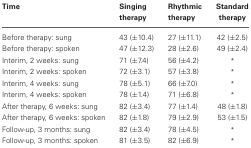
<table><thead><tr><td><b>Time</b></td><td><b>Singing</b></td><td><b>Rhythmic</b></td><td><b>Standard</b></td></tr><tr><td></td><td><b>therapy</b></td><td><b>therapy</b></td><td><b>therapy</b></td></tr></thead><tbody><tr><td>Before therapy: sung</td><td>43 (±10.4)</td><td>27 (±11.1)</td><td>42 (±2.5)</td></tr><tr><td>Before therapy: spoken</td><td>47 (±12.3)</td><td>28 (±2.6)</td><td>49 (±2.4)</td></tr><tr><td>Interim, 2 weeks: sung</td><td>71 (±7.4)</td><td>56 (±4.2)</td><td><sup>*</sup></td></tr><tr><td>Interim, 2 weeks: spoken</td><td>72 (±3.1)</td><td>57 (±3.8)</td><td><sup>*</sup></td></tr><tr><td>Interim, 4 weeks: sung</td><td>78 (±5.1)</td><td>66 (±7.0)</td><td><sup>*</sup></td></tr><tr><td>Interim, 4 weeks: spoken</td><td>78 (±1.4)</td><td>71 (±6.8)</td><td><sup>*</sup></td></tr><tr><td>After therapy, 6 weeks: sung</td><td>82 (±3.4)</td><td>77 (±1.4)</td><td>48 (±1.8)</td></tr><tr><td>After therapy, 6 weeks: spoken</td><td>82 (±1.8)</td><td>79 (±2.9)</td><td>53 (±1.5)</td></tr><tr><td>Follow-up, 3 months: sung</td><td>82 (±3.4)</td><td>78 (±4.5)</td><td><sup>*</sup></td></tr><tr><td>Follow-up, 3 months: spoken</td><td>81 (±3.5)</td><td>82 (±6.9)</td><td><sup>*</sup></td></tr></tbody></table>